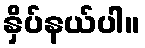
နှိပ်နယ်ပါ။